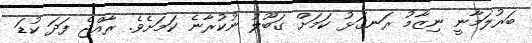
ބަރުލަމާނީ ނިޒާމު ރަނގަޅު ކަމަށް ގަބޫލު ނުކުރާނެ ކަމަށެވެ. ރާއްޖެ ފަދަ ކުޑަ